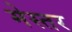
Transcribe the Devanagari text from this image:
मेस्तर